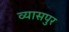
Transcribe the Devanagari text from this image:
व्‍यासपुर